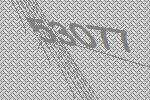
53077